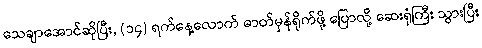
သေချာအောင်ဆိုပြီး, (၁၄) ရက်နေ့လောက် ဓာတ်မှန်ရိုက်ဖို့ ပြောလို့ ဆေးရုံကြီး သွားပြီး